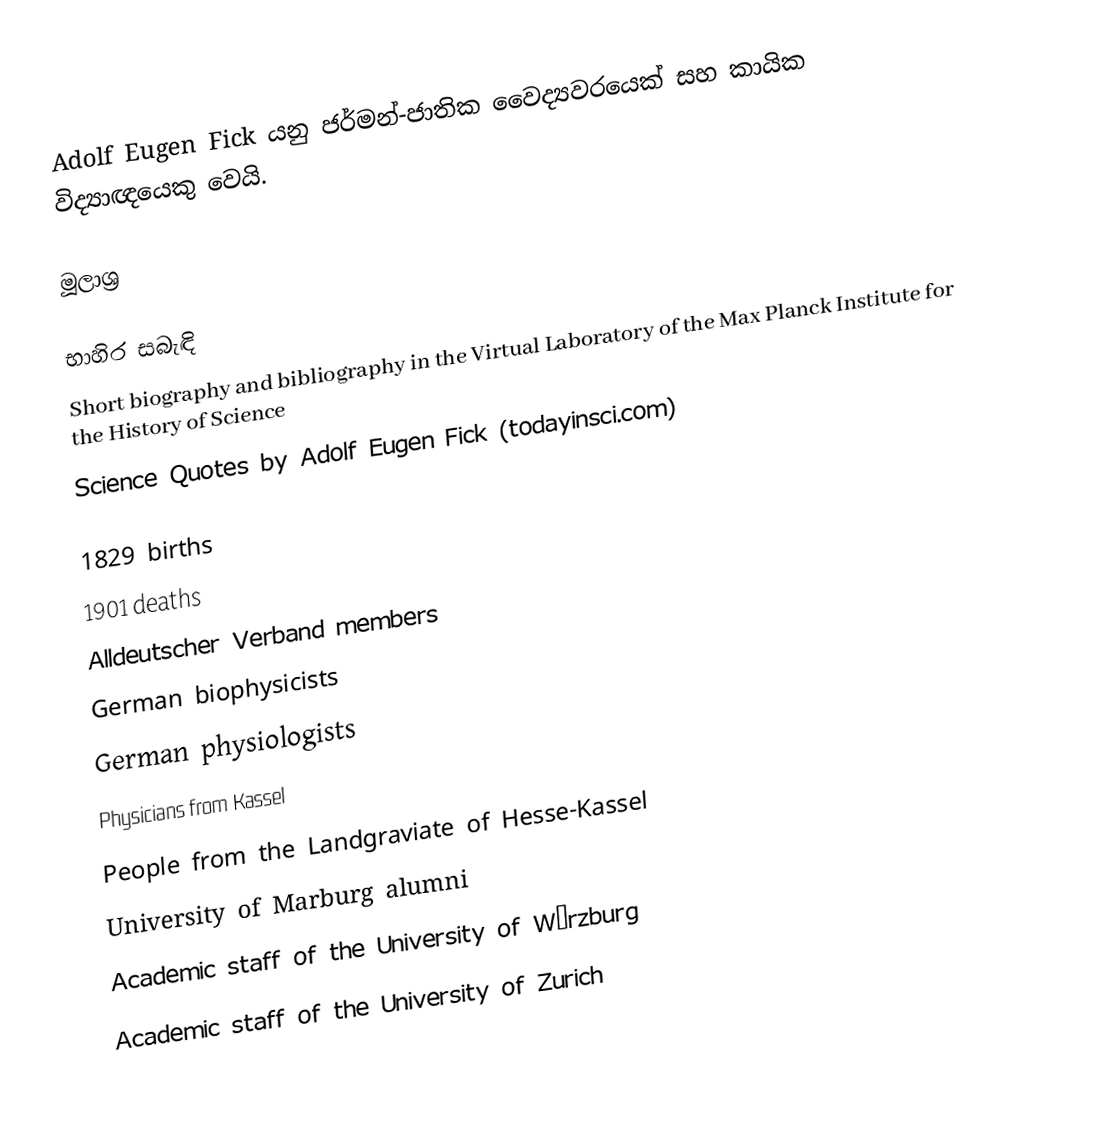
Adolf Eugen Fick යනු ජර්මන්-ජාතික වෛද්‍යවරයෙක් සහ කායික විද්‍යාඥයෙකු වෙයි.

මූලාශ්‍ර

භාහිර සබැඳි
 Short biography and bibliography in the Virtual Laboratory of the Max Planck Institute for the History of Science
 Science Quotes by Adolf Eugen Fick (todayinsci.com)

1829 births
1901 deaths
Alldeutscher Verband members
German biophysicists
German physiologists
Physicians from Kassel
People from the Landgraviate of Hesse-Kassel
University of Marburg alumni
Academic staff of the University of Würzburg
Academic staff of the University of Zurich